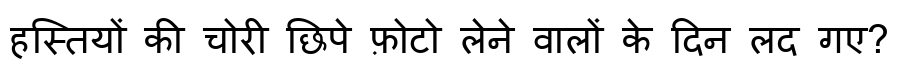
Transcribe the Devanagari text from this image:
हस्तियों की चोरी छिपे फ़ोटो लेने वालों के दिन लद गए?